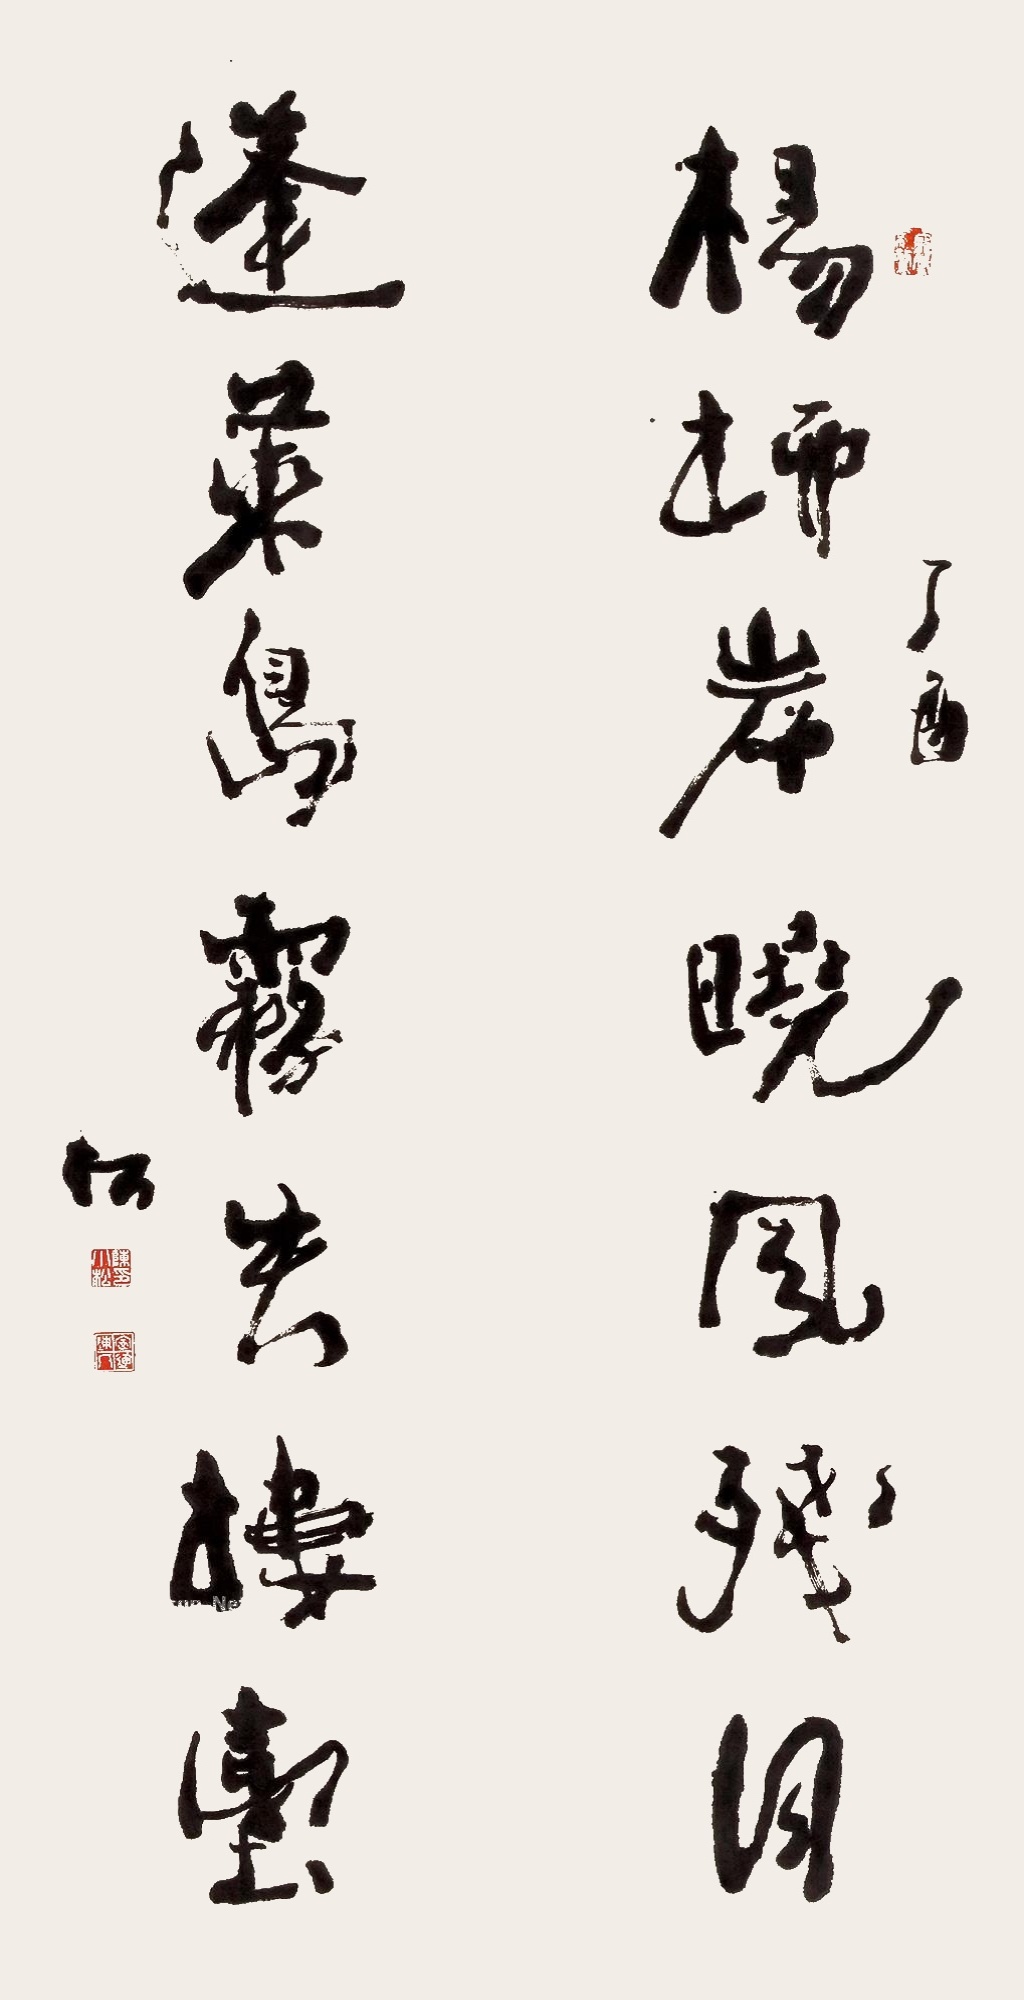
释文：杨柳岸晓风残月。蓬莱岛雾头楼台。松。